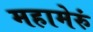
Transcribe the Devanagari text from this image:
महामेरुं